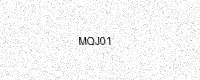
Text: MQJ01